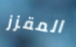
المقزز